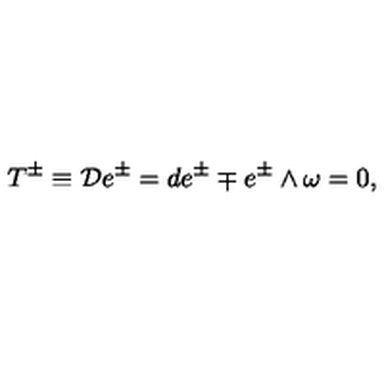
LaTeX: T ^ { \pm } \equiv { \cal D } e ^ { \pm } = d e ^ { \pm } \mp e ^ { \pm } \wedge \omega = 0 ,